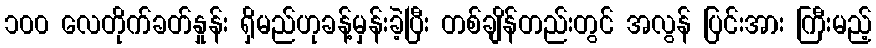
၁၀၀ လေတိုက်ခတ်နှုန်း ရှိမည်ဟုခန့်မှန်းခဲ့ပြီး တစ်ချိန်တည်းတွင် အလွန် ပြင်းအား ကြီးမည့်